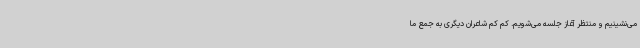
می‌نشینیم و منتظر آغاز جلسه می‌شویم. کم‌ کم شاعران دیگری به جمع ما